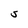
Character: S